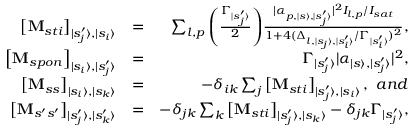
\begin{array} { r l r } { \left[ \mathbf { M } _ { s t i } \right] _ { | s _ { j } ^ { \prime } \rangle , | s _ { i } \rangle } } & { = } & { \sum _ { l , p } \left( { \frac { \Gamma _ { | s _ { j } ^ { \prime } \rangle } } { 2 } } \right) \! { \frac { | \alpha _ { p , | s \rangle , | s _ { j } ^ { \prime } \rangle } | ^ { 2 } I _ { l , p } / I _ { s a t } } { 1 + 4 ( \Delta _ { l , | s _ { j } \rangle , | s _ { i } ^ { \prime } \rangle } / \Gamma _ { | s _ { i } ^ { \prime } \rangle } ) ^ { 2 } } } , } \\ { \left[ \mathbf { M } _ { s p o n } \right] _ { | s _ { i } \rangle , | s _ { j } ^ { \prime } \rangle } } & { = } & { \Gamma _ { | s _ { j } ^ { \prime } \rangle } | \boldsymbol { \alpha } _ { | s \rangle , | s _ { j } ^ { \prime } \rangle } | ^ { 2 } , } \\ { \left[ \mathbf { M } _ { s s } \right] _ { | s _ { i } \rangle , | s _ { k } \rangle } } & { = } & { - \delta _ { i k } \sum _ { j } \left[ \mathbf { M } _ { s t i } \right] _ { | s _ { j } ^ { \prime } \rangle , | s _ { i } \rangle } , \ a n d } \\ { \left[ \mathbf { M } _ { s ^ { \prime } s ^ { \prime } } \right] _ { | s _ { j } ^ { \prime } \rangle , | s _ { k } ^ { \prime } \rangle } } & { = } & { - \delta _ { j k } \sum _ { k } \left[ \mathbf { M } _ { s t i } \right] _ { | s _ { j } ^ { \prime } \rangle , | s _ { k } \rangle } - \delta _ { j k } \Gamma _ { | s _ { j } ^ { \prime } \rangle } , } \end{array}